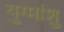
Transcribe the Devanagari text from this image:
युग्मांशु